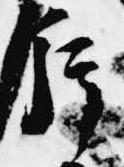
片